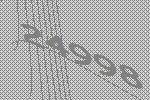
24998